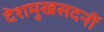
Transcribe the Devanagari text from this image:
देशमुखसदनीं